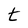
Character: t